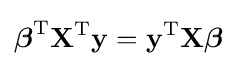
{\boldsymbol {\beta }}^{\rm {T}}\mathbf {X} ^{\rm {T}}\mathbf {y} =\mathbf {y} ^{\rm {T}}\mathbf {X} {\boldsymbol {\beta }}